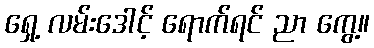
ရှေ့ လမ်းဒေါင့် ရောက်ရင် ညာ ကွေ့။